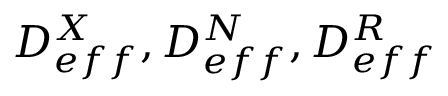
D _ { e f f } ^ { X } , D _ { e f f } ^ { N } , D _ { e f f } ^ { R }